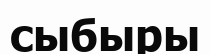
сыбыры